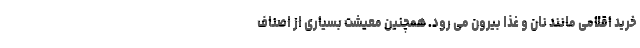
خرید اقلامی مانند نان و غذا بیرون می رود. همچنین معیشت بسیاری از اصناف